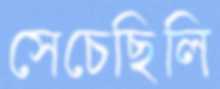
সেচেছিলি